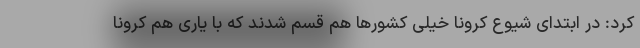
کرد: در ابتدای شیوع کرونا خیلی کشورها هم قسم شدند که با یاری هم کرونا